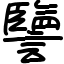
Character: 譼